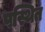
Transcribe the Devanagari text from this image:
पस्थित